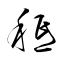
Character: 秪